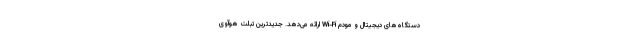
دستگاه‌های دیجیتال و مودم Wi-Fi ارائه می‌دهد. جدیدترین تبلت هوآوی